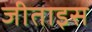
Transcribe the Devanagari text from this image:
जीताइस